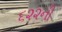
૬૨૨ની